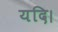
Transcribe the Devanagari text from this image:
यदि।